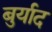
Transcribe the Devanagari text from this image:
बुर्याद